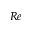
R e